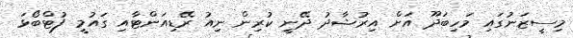
މިސީޒަނުގައި މަހިބަދޫ އަށް އިރުޝާދު ދޭނީ ކުރިން ނިއު ރޭޑިއަންޓާއި ގައުމީ ފުޓްބޯޅަ